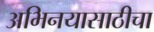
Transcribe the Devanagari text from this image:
अभिनयासाठीचा